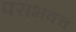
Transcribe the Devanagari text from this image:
पराभवच